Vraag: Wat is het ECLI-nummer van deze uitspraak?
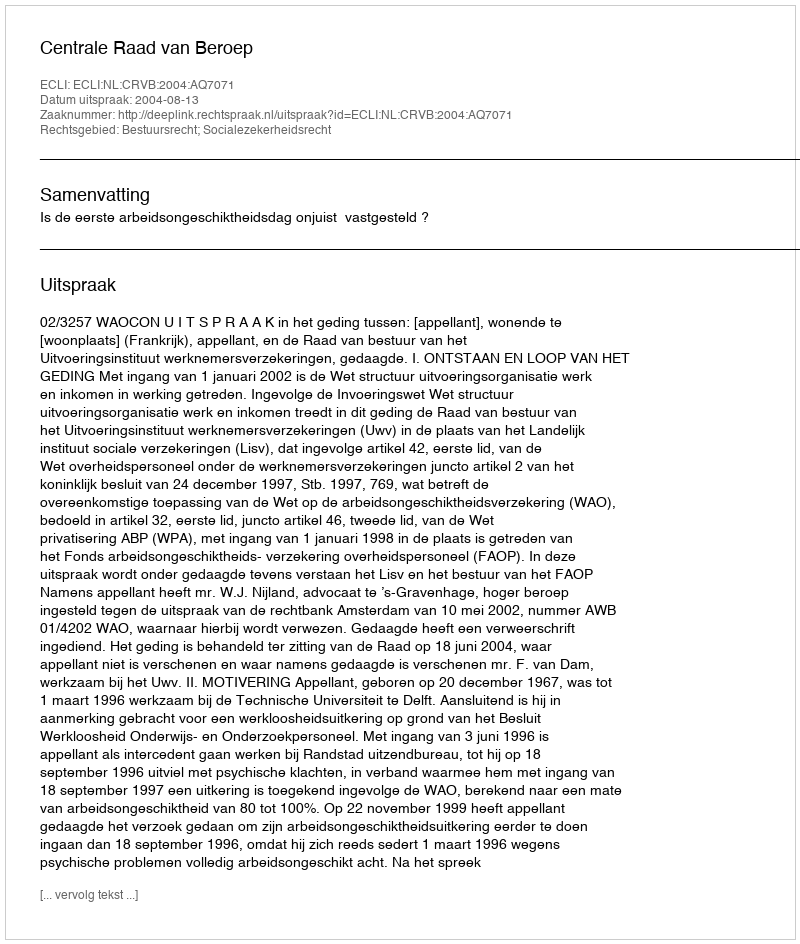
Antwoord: ECLI:NL:CRVB:2004:AQ7071